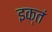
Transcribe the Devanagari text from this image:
इक्तं